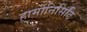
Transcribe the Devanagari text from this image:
हार्मोनिसिटि